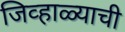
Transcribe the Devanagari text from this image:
जिव्हाळ्याची